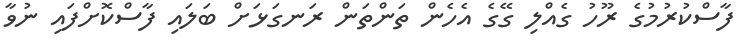
ފާސްކުރުމުގެ ރޫހު ގެއްލި ގޭގެ އެހެން ތަންތަން ރަނގަޅަށް ބަލައި ފާސްކޮށްފައި ނުވާ